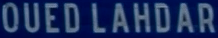
OUEDLAHDAR